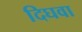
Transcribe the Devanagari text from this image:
दिघवा